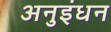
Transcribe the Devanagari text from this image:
अनुइंधन